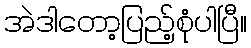
အဲဒါတော့ပြည့်စုံပါပြီ။